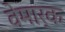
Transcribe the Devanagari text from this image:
वेमार्क